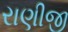
રાણીજી